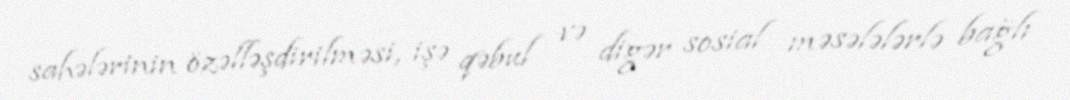
sahələrinin özəlləşdirilməsi, işə qəbul və digər sosial məsələlərlə bağlı